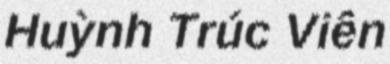
Huỳnh Trúc Viên